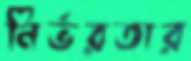
নির্ভরতার